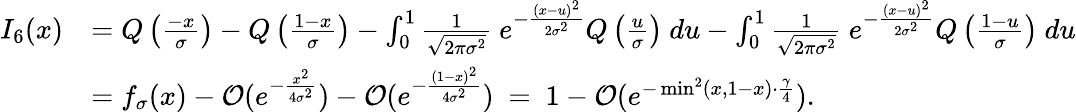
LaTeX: \begin{array}{rl}{I_{6}(x)}&{=Q\left(\frac{-x}{\sigma}\right)-Q\left(\frac{1-x}{\sigma}\right)-\int_{0}^{1}\frac{1}{\sqrt{2\pi\sigma^{2}}}~e^{-\frac{(x-u)^{2}}{2\sigma^{2}}}Q\left(\frac{u}{\sigma}\right)~du-\int_{0}^{1}\frac{1}{\sqrt{2\pi\sigma^{2}}}~e^{-\frac{(x-u)^{2}}{2\sigma^{2}}}Q\left(\frac{1-u}{\sigma}\right)~du}\\ &{=f_{\sigma}(x)-\mathcal{O}(e^{-\frac{x^{2}}{4\sigma^{2}}})-\mathcal{O}(e^{-\frac{(1-x)^{2}}{4\sigma^{2}}})~=~1-\mathcal{O}(e^{-\operatorname*{min}^{2}(x,1-x)\cdot\frac{\gamma}{4}}).}\end{array}